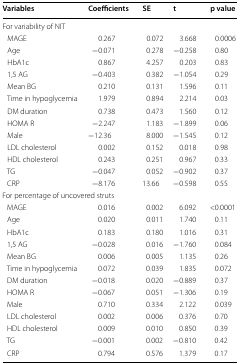
<table><thead><tr><td><b>Variables</b></td><td><b>Coefficients</b></td><td><b>SE</b></td><td><b>t</b></td><td><b>p value</b></td></tr></thead><tbody><tr><td colspan="5">For variability of NIT</td></tr><tr><td> MAGE</td><td>0.267</td><td>0.072</td><td>3.668</td><td>0.0006</td></tr><tr><td> Age</td><td>−0.071</td><td>0.278</td><td>−0.258</td><td>0.80</td></tr><tr><td> HbA1c</td><td>0.867</td><td>4.257</td><td>0.203</td><td>0.83</td></tr><tr><td> 1,5 AG</td><td>−0.403</td><td>0.382</td><td>−1.054</td><td>0.29</td></tr><tr><td> Mean BG</td><td>0.210</td><td>0.131</td><td>1.596</td><td>0.11</td></tr><tr><td> Time in hypoglycemia</td><td>1.979</td><td>0.894</td><td>2.214</td><td>0.03</td></tr><tr><td> DM duration</td><td>0.738</td><td>0.473</td><td>1.560</td><td>0.12</td></tr><tr><td> HOMA R</td><td>−2.247</td><td>1.183</td><td>−1.899</td><td>0.06</td></tr><tr><td> Male</td><td>−12.36</td><td>8.000</td><td>−1.545</td><td>0.12</td></tr><tr><td> LDL cholesterol</td><td>0.002</td><td>0.152</td><td>0.018</td><td>0.98</td></tr><tr><td> HDL cholesterol</td><td>0.243</td><td>0.251</td><td>0.967</td><td>0.33</td></tr><tr><td> TG</td><td>−0.047</td><td>0.052</td><td>−0.902</td><td>0.37</td></tr><tr><td> CRP</td><td>−8.176</td><td>13.66</td><td>−0.598</td><td>0.55</td></tr><tr><td colspan="5">For percentage of uncovered struts</td></tr><tr><td> MAGE</td><td>0.016</td><td>0.002</td><td>6.092</td><td>&lt;0.0001</td></tr><tr><td> Age</td><td>0.020</td><td>0.011</td><td>1.740</td><td>0.11</td></tr><tr><td> HbA1c</td><td>0.183</td><td>0.180</td><td>1.016</td><td>0.31</td></tr><tr><td> 1,5 AG</td><td>−0.028</td><td>0.016</td><td>−1.760</td><td>0.084</td></tr><tr><td> Mean BG</td><td>0.006</td><td>0.005</td><td>1.135</td><td>0.26</td></tr><tr><td> Time in hypoglycemia</td><td>0.072</td><td>0.039</td><td>1.835</td><td>0.072</td></tr><tr><td> DM duration</td><td>−0.018</td><td>0.020</td><td>−0.889</td><td>0.37</td></tr><tr><td> HOMA R</td><td>−0.067</td><td>0.051</td><td>−1.306</td><td>0.19</td></tr><tr><td> Male</td><td>0.710</td><td>0.334</td><td>2.122</td><td>0.039</td></tr><tr><td> LDL cholesterol</td><td>0.002</td><td>0.006</td><td>0.376</td><td>0.70</td></tr><tr><td> HDL cholesterol</td><td>0.009</td><td>0.010</td><td>0.850</td><td>0.39</td></tr><tr><td> TG</td><td>−0.001</td><td>0.002</td><td>−0.810</td><td>0.42</td></tr><tr><td> CRP</td><td>0.794</td><td>0.576</td><td>1.379</td><td>0.17</td></tr></tbody></table>